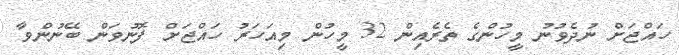
ހައްޖަށް ނުދެވުނު މީހުންގެ ތެރެއިން 32 މީހުން މިއަހަރު ހައްޖަށް ފޮނުވަން ބޭނުންވާ